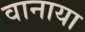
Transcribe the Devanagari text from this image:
वानाया